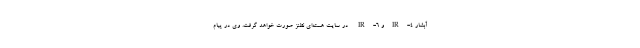
آبشار IR-4‌و IR-6 در سایت هسته‌ای نطنز صورت خواهد گرفت. وی در پیام